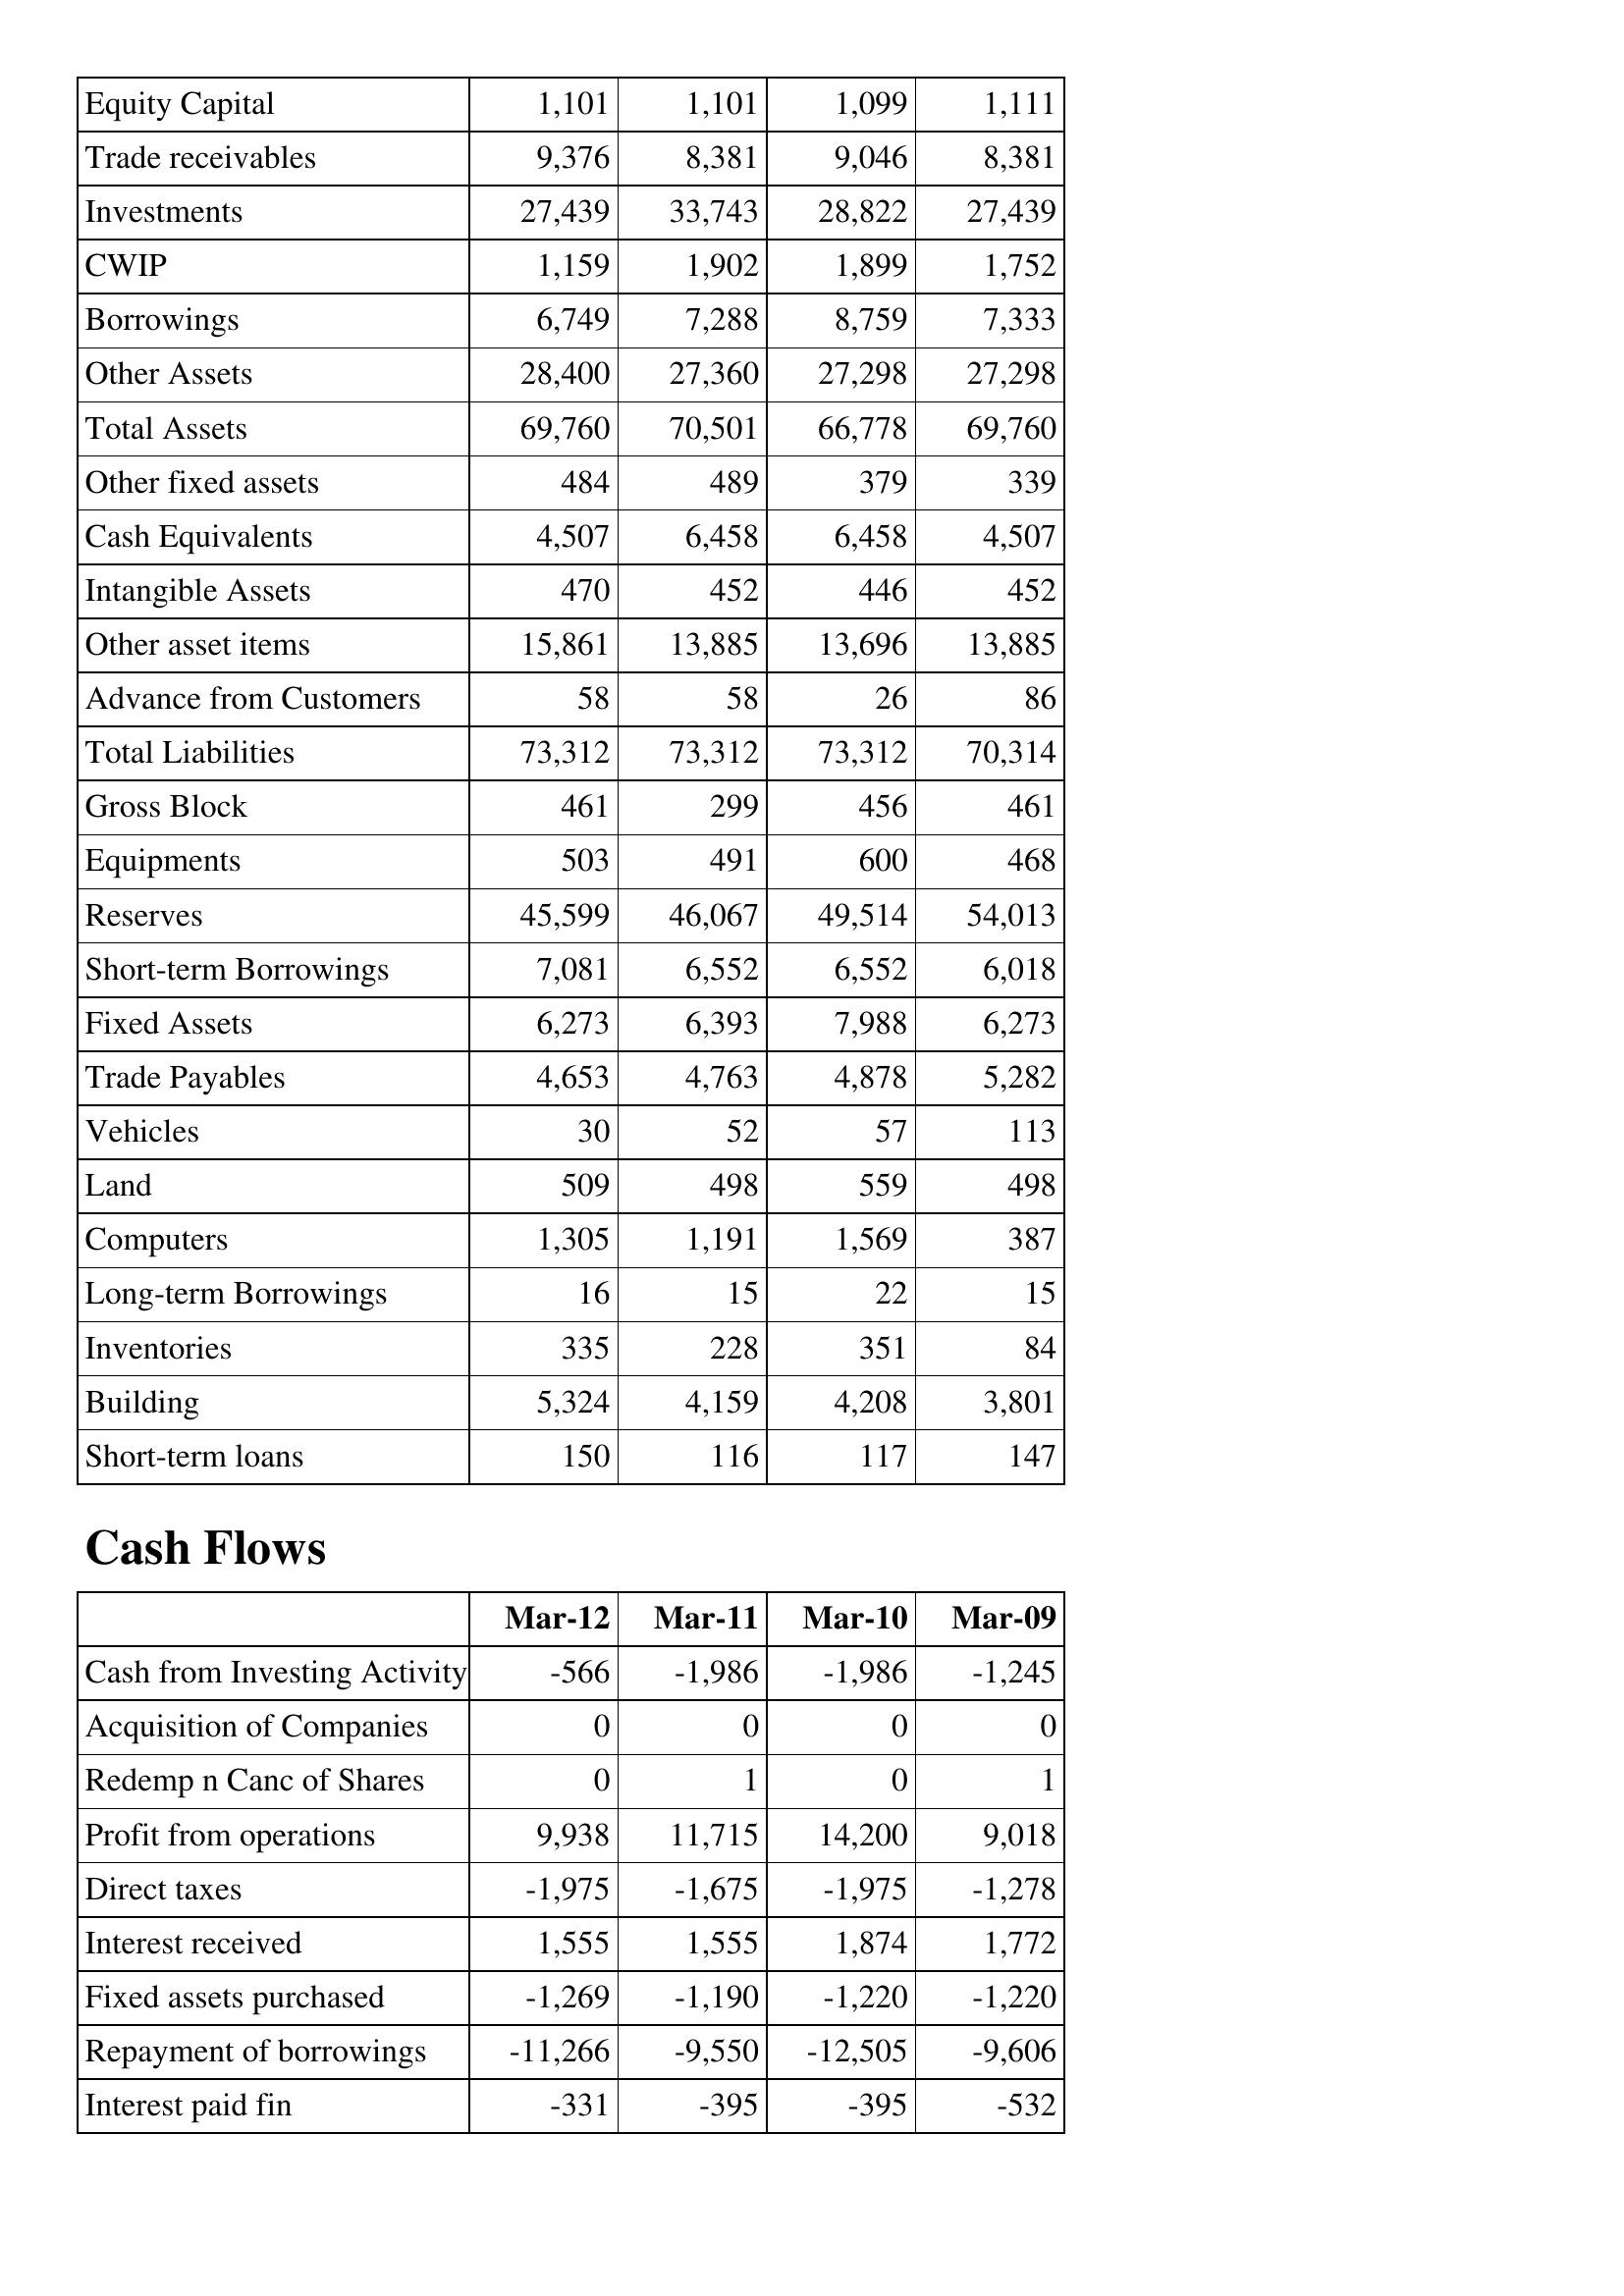
Mar-12: Balance Sheet: Equity Capital: 1,101
Trade receivables: 9,376
Investments: 27,439
CWIP: 1,159
Borrowings: 6,749
Other Assets: 28,400
Total Assets: 69,760
Other fixed assets: 484
Cash Equivalents: 4,507
Intangible Assets: 470
Other asset items: 15,861
Advance from Customers: 58
Total Liabilities: 73,312
Gross Block: 461
Equipments: 503
Reserves: 45,599
Short-term Borrowings: 7,081
Fixed Assets: 6,273
Trade Payables: 4,653
Vehicles: 30
Land: 509
Computers: 1,305
Long-term Borrowings: 16
Inventories: 335
Building: 5,324
Short-term loans: 150
Cash Flows: Cash from Investing Activity: -566
Acquisition of Companies: 0
Redemp n Canc of Shares: 0
Profit from operations: 9,938
Direct taxes: -1,975
Interest received: 1,555
Fixed assets purchased: -1,269
Repayment of borrowings: -11,266
Interest paid fin: -331
Mar-11: Balance Sheet: Equity Capital: 1,101
Trade receivables: 8,381
Investments: 33,743
CWIP: 1,902
Borrowings: 7,288
Other Assets: 27,360
Total Assets: 70,501
Other fixed assets: 489
Cash Equivalents: 6,458
Intangible Assets: 452
Other asset items: 13,885
Advance from Customers: 58
Total Liabilities: 73,312
Gross Block: 299
Equipments: 491
Reserves: 46,067
Short-term Borrowings: 6,552
Fixed Assets: 6,393
Trade Payables: 4,763
Vehicles: 52
Land: 498
Computers: 1,191
Long-term Borrowings: 15
Inventories: 228
Building: 4,159
Short-term loans: 116
Cash Flows: Cash from Investing Activity: -1,986
Acquisition of Companies: 0
Redemp n Canc of Shares: 1
Profit from operations: 11,715
Direct taxes: -1,675
Interest received: 1,555
Fixed assets purchased: -1,190
Repayment of borrowings: -9,550
Interest paid fin: -395
Mar-10: Balance Sheet: Equity Capital: 1,099
Trade receivables: 9,046
Investments: 28,822
CWIP: 1,899
Borrowings: 8,759
Other Assets: 27,298
Total Assets: 66,778
Other fixed assets: 379
Cash Equivalents: 6,458
Intangible Assets: 446
Other asset items: 13,696
Advance from Customers: 26
Total Liabilities: 73,312
Gross Block: 456
Equipments: 600
Reserves: 49,514
Short-term Borrowings: 6,552
Fixed Assets: 7,988
Trade Payables: 4,878
Vehicles: 57
Land: 559
Computers: 1,569
Long-term Borrowings: 22
Inventories: 351
Building: 4,208
Short-term loans: 117
Cash Flows: Cash from Investing Activity: -1,986
Acquisition of Companies: 0
Redemp n Canc of Shares: 0
Profit from operations: 14,200
Direct taxes: -1,975
Interest received: 1,874
Fixed assets purchased: -1,220
Repayment of borrowings: -12,505
Interest paid fin: -395
Mar-09: Balance Sheet: Equity Capital: 1,111
Trade receivables: 8,381
Investments: 27,439
CWIP: 1,752
Borrowings: 7,333
Other Assets: 27,298
Total Assets: 69,760
Other fixed assets: 339
Cash Equivalents: 4,507
Intangible Assets: 452
Other asset items: 13,885
Advance from Customers: 86
Total Liabilities: 70,314
Gross Block: 461
Equipments: 468
Reserves: 54,013
Short-term Borrowings: 6,018
Fixed Assets: 6,273
Trade Payables: 5,282
Vehicles: 113
Land: 498
Computers: 387
Long-term Borrowings: 15
Inventories: 84
Building: 3,801
Short-term loans: 147
Cash Flows: Cash from Investing Activity: -1,245
Acquisition of Companies: 0
Redemp n Canc of Shares: 1
Profit from operations: 9,018
Direct taxes: -1,278
Interest received: 1,772
Fixed assets purchased: -1,220
Repayment of borrowings: -9,606
Interest paid fin: -532